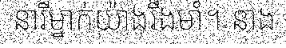
នារីម្នាក់យ៉ាងរឹងមាំ។ នាង